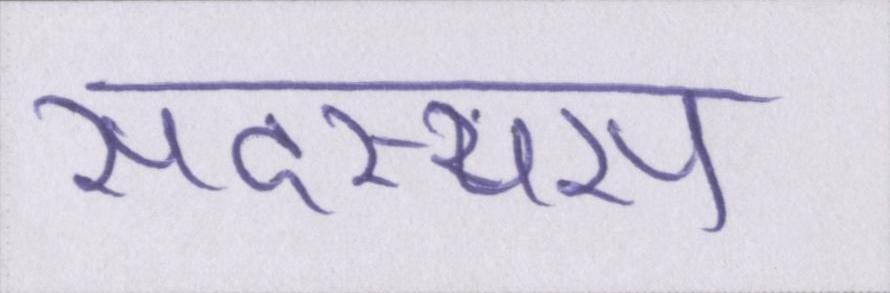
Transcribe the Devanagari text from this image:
सदस्यस